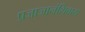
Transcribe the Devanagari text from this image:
प्रजाजानंशिवाय